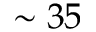
\sim 3 5